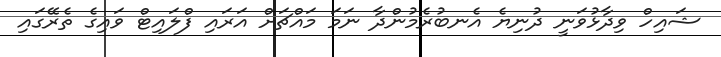
ޝައިހް ވިދާޅުވަނީ ދުނިޔެ އެނބުރެމުންދާ ނަމަ މައްޗަށް އަރައި ފްލައިޓް ވައިގެ ތެރޭގައި